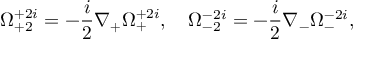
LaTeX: \Omega _ { + 2 } ^ { + 2 i } = - \frac { i } { 2 } \nabla _ { + } \Omega _ { + } ^ { + 2 i } , \quad \Omega _ { - 2 } ^ { - 2 i } = - \frac { i } { 2 } \nabla _ { - } \Omega _ { - } ^ { - 2 i } ,